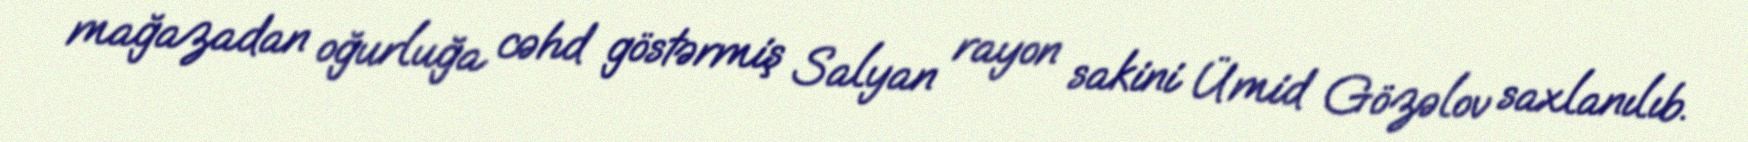
mağazadan oğurluğa cəhd göstərmiş Salyan rayon sakini Ümid Gözəlov saxlanılıb.